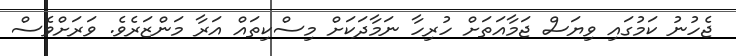
ޖެހުނު ކަމުގައި ވިޔަސް ޖަމާއަތަށް ހުރިހާ ނަމާދަކަށް މިސްކިތައް އަރާ މަންޒަރެވެ. ވަރަށްވެސް